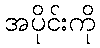
အပိုင်းကို